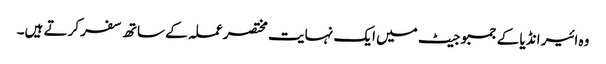
وہ ائیر انڈیا کے جمبو جیٹ میں ایک نہایت مختصر عملہ کے ساتھ سفر کرتے ہیں۔